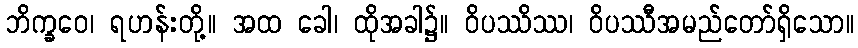
ဘိက္ခဝေ၊ ရဟန်းတို့။ အထ ခေါ၊ ထိုအခါ၌။ ဝိပဿိဿ၊ ဝိပဿီအမည်တော်ရှိသော။